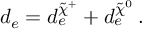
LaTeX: d _ { e } = d _ { e } ^ { \tilde { \chi } ^ { + } } + d _ { e } ^ { \tilde { \chi } ^ { 0 } } \, .